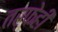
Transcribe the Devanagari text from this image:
तर्फेही